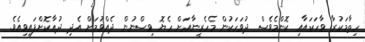
ހިތާމަކުރާ ވާހަކައާއި ކޮންމެވެސް ދުވަހަކުން މެހެރީނާއަށް ހެޔޮ ވިސްނުން ދެއްވުމަށް އެދި ދުޢާކޮށްފައިވިއެވެ.